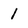
Character: 1